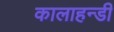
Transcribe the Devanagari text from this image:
कालाहन्डी